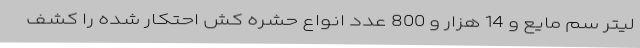
لیتر سم مایع و 14 هزار و 800 عدد انواع حشره کش احتکار شده را کشف